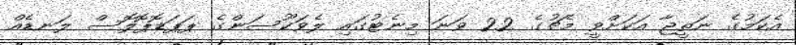
އެކަމުގެ ނަތީޖާ އަކަށްވީ މެޗުގެ 22 ވަނަ މިނެޓުގައި ލެވަކޫސަންގެ ޕަޕަޑޮޕޮލޮސް ލަނޑެއް